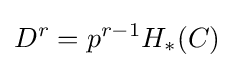
D^{r}=p^{r-1}H_{*}(C)